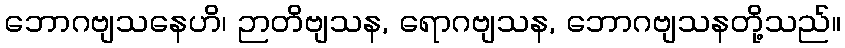
ဘောဂဗျသနေဟိ၊ ဉာတိဗျသန, ရောဂဗျသန, ဘောဂဗျသနတို့သည်။